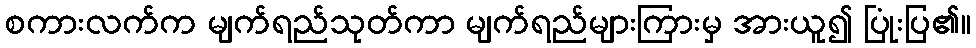
စကားလက်က မျက်ရည်သုတ်ကာ မျက်ရည်များကြားမှ အားယူ၍ ပြုံးပြ၏။